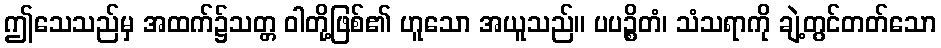
ဤသေသည်မှ အထက်၌သတ္တ ဝါတို့ဖြစ်၏ ဟူသော အယူသည်။ ပပဉ္စိတံ၊ သံသရာကို ချဲ့တွင်တတ်သော